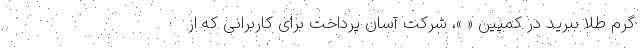
گرمِ طلا ببرید در کمپین « »، شرکت آسان پرداخت برای کاربرانی که از